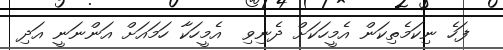
ފަހެ ނިކަމެތިކަން އެމީހަކަށް ދެނިވި  އެމީހަކާ ހަމައަށް އަންނަނީ އަދި